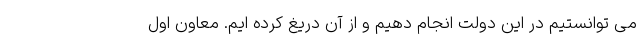
می توانستیم در این دولت انجام دهیم و از آن دریغ کرده ایم. معاون اول